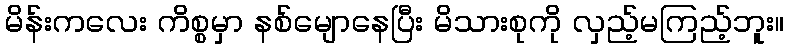
မိန်းကလေး ကိစ္စမှာ နစ်မျောနေပြီး မိသားစုကို လှည့်မကြည့်ဘူး။